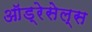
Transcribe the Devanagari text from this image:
ऑड्रेसेल्स